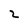
Character: 2